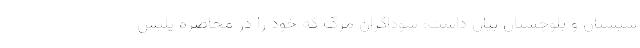
سیستان و بلوچستان بیان داشت: سوداگران مرگ که خود را در محاصره پلیس